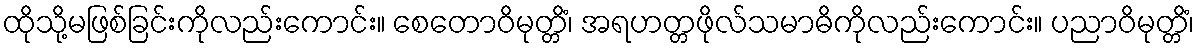
ထိုသို့မဖြစ်ခြင်းကိုလည်းကောင်း။ စေတောဝိမုတ္တိံ၊ အရဟတ္တဖိုလ်သမာဓိကိုလည်းကောင်း။ ပညာဝိမုတ္တိံ၊